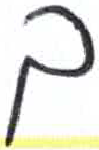
אות: ך